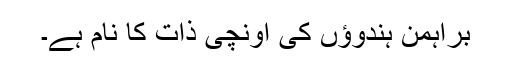
براہمن ہندوؤں کی اونچی ذات کا نام ہے۔